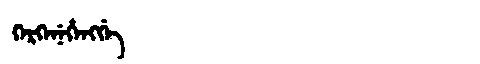
Manchu: ᡴᡝᡵᡴᡝᠨᡝᡥᡝᠩᡤᡝ
Romanization: KERKENEHENGGE